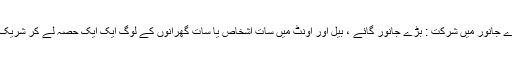
قربانی کے بڑے جانور میں شرکت : بڑے جانور گائے ، بیل اور اونٹ میں سات اشخاص یا سات گھرانوں کے لوگ ایک ایک حصہ لے کر شریک ہوسکتے ہیں ۔